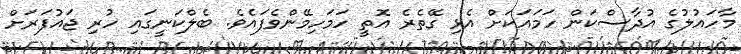
މާހައުލުގެ އުދާސްކަން ހަމައަކަށް އެޅި ގޭތެރެ އޮތީ ހަމަހިމޭންވެފައެވެ. ބެލްކަނީގައި ހުރި ޖައުފަރަށް